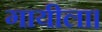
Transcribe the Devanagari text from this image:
गायीला।